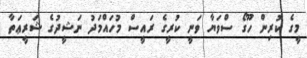
މީގެ ކުރިން ހޫގޯ ސްވަޔާ ވަނީ ކުރީގެ ރައީސް މުހައްމަދު ނަޝީދުގެ ޝަރީޢަތާ